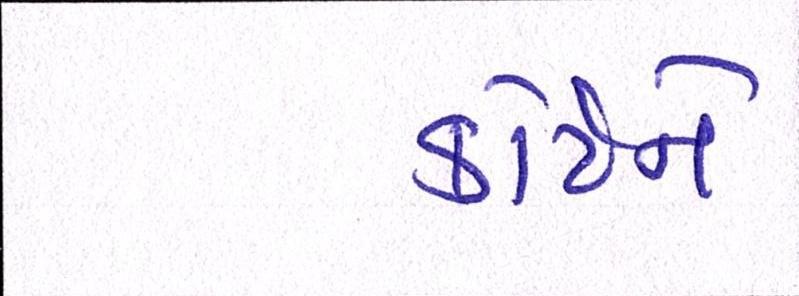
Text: કોર્ટને